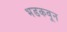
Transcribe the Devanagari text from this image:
भडकवून